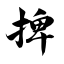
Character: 捭